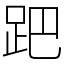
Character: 跁